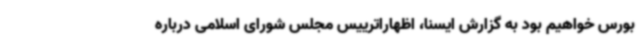
بورس خواهیم بود به گزارش ایسنا، اظهاراترییس مجلس شورای اسلامی درباره